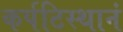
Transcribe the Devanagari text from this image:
कर्पटिस्थानं